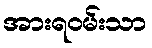
အားရဝမ်းသာ